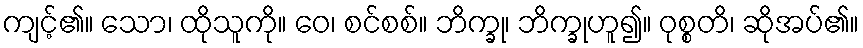
ကျင့်၏။ သော၊ ထိုသူကို။ ဝေ၊ စင်စစ်။ ဘိက္ခု၊ ဘိက္ခုဟူ၍။ ဝုစ္စတိ၊ ဆိုအပ်၏။